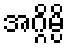
အဂ္ဂိမ္ပိ